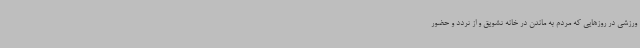
ورزشی در روزهایی که مردم به ماندن در خانه تشویق و از تردد و حضور